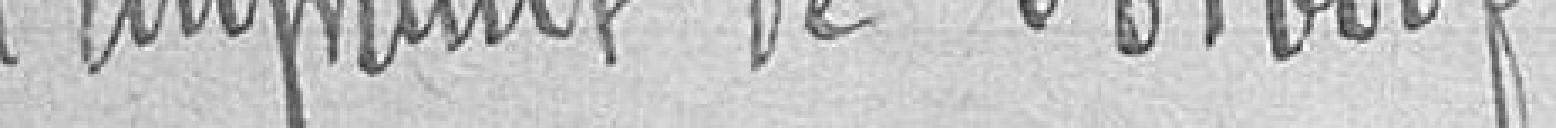
l'emprunt de 301 000 francs